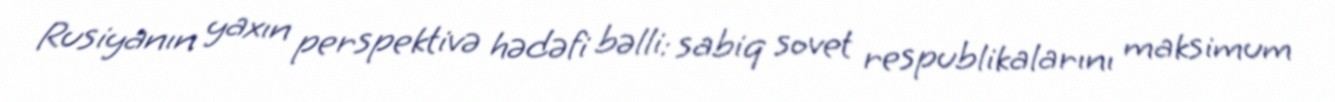
Rusiyanın yaxın perspektivə hədəfi bəlli: sabiq sovet respublikalarını maksimum